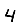
Digit: 4